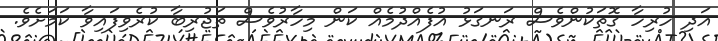
އަދި ހުރިހާ ގޮތަކުންވެސް ރަނގަޅު އުފެއްދުމެއް ކަން މިހާރުވެސް ތަޖުރިބާ ކުރެވިފައިވާ ކަމަށެވެ.